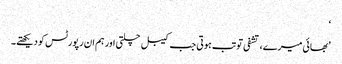
‘
’بھائی میرے، تشفی تو تب ہوتی جب کیبل چلتی اور ہم ان رپورٹس کو دیکھتے۔